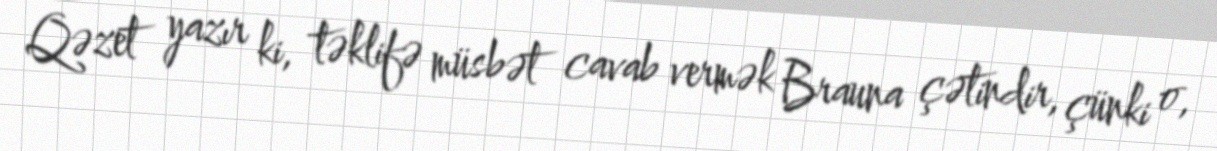
Qəzet yazır ki, təklifə müsbət cavab vermək Brauna çətindir, çünki o,